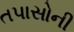
તપાસોની